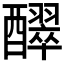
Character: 𮡊